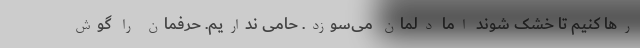
رها کنیم تا خشک شوند اما دلمان می‌سوزد. حامی نداریم. حرفمان را گوش